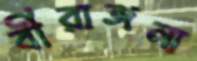
বীরাঙ্গনা